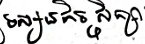
ទស្សនៈកិច្ចសិក្សា